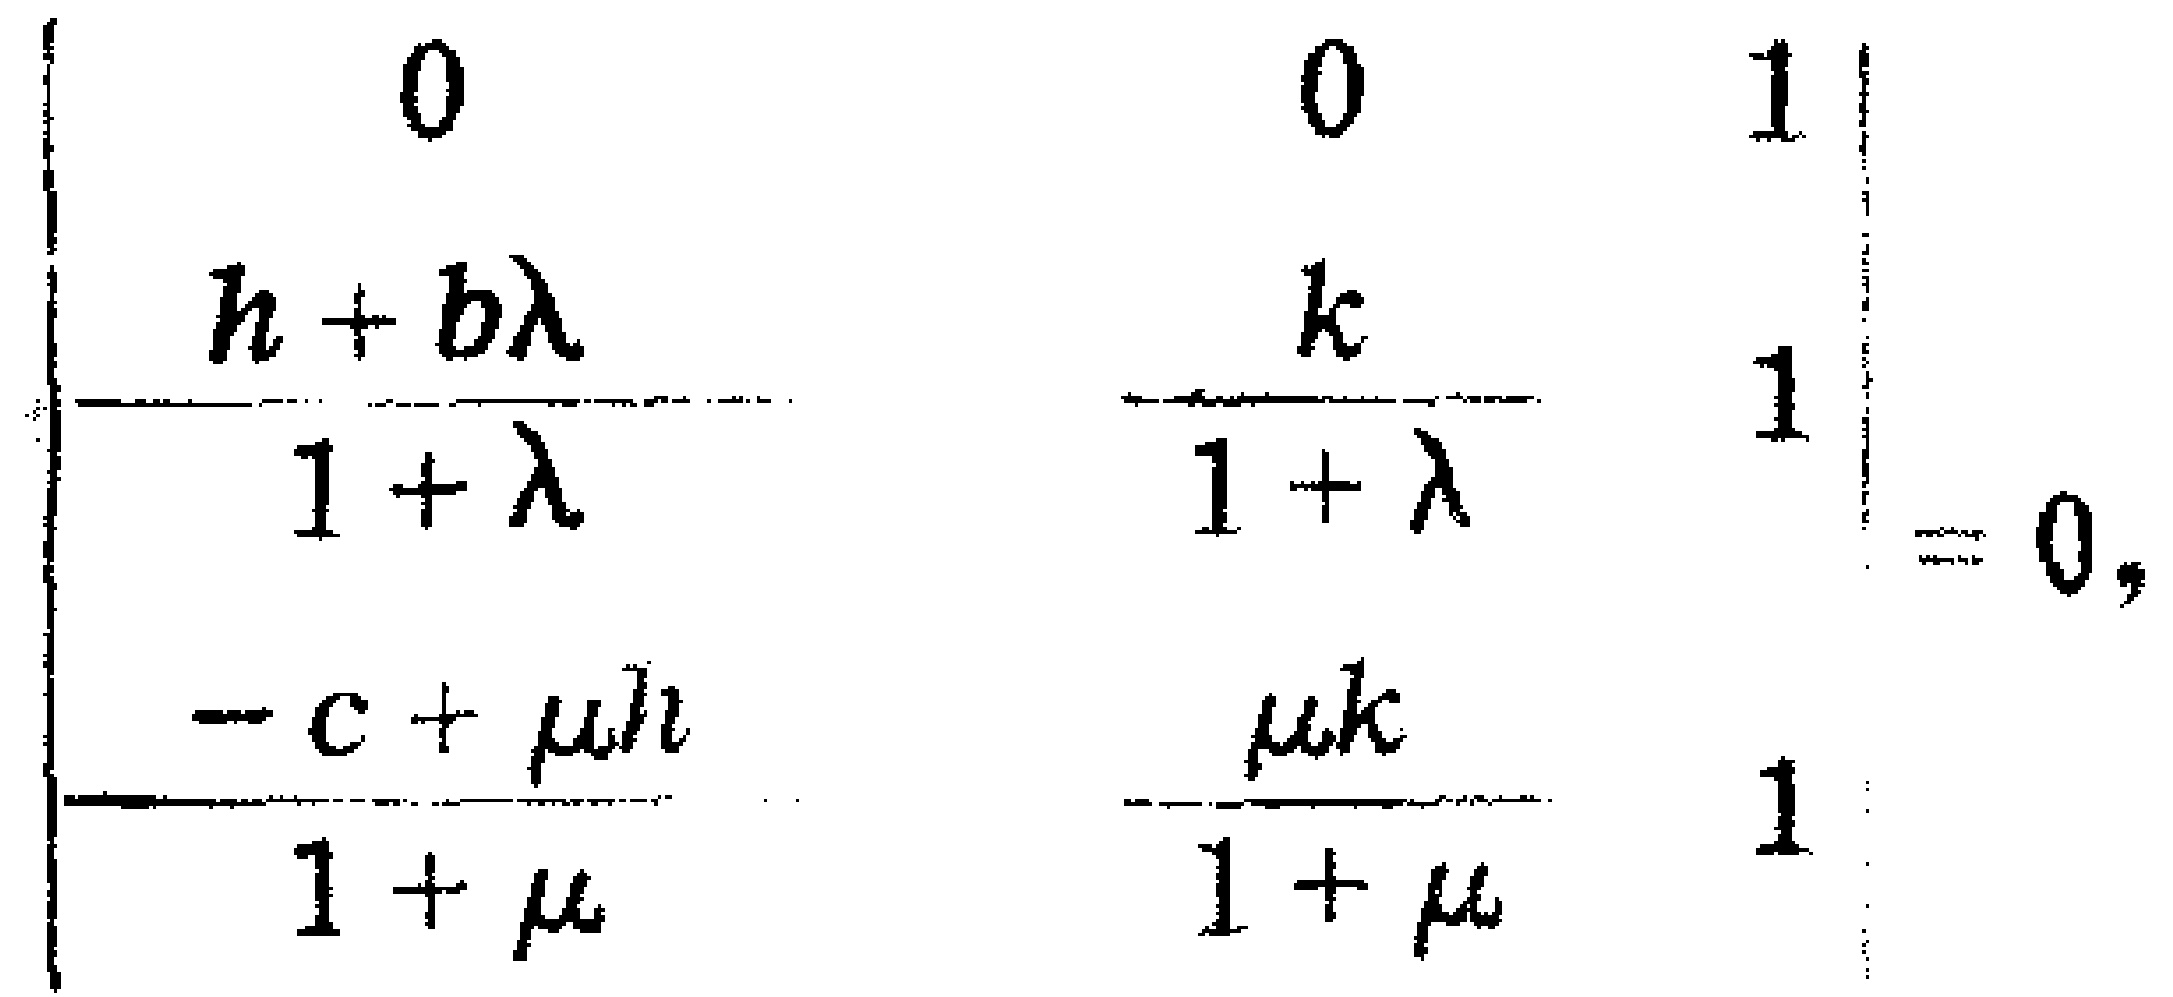
\[

\begin{vmatrix}

0&0&1\\

\frac{h + b\lambda}{1+\lambda}&\frac{k}{1+\lambda}&1\\

\frac{-c+\mu h}{1+\mu}&\frac{\mu k}{1+\mu}&1

\end{vmatrix}=0

\]